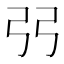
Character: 𫸪